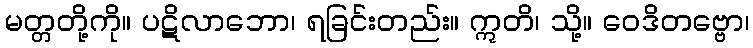
မတ္တတို့ကို။ ပဋိလာဘော၊ ရခြင်းတည်း။ ဣတိ၊ သို့။ ဝေဒိတဗ္ဗော၊